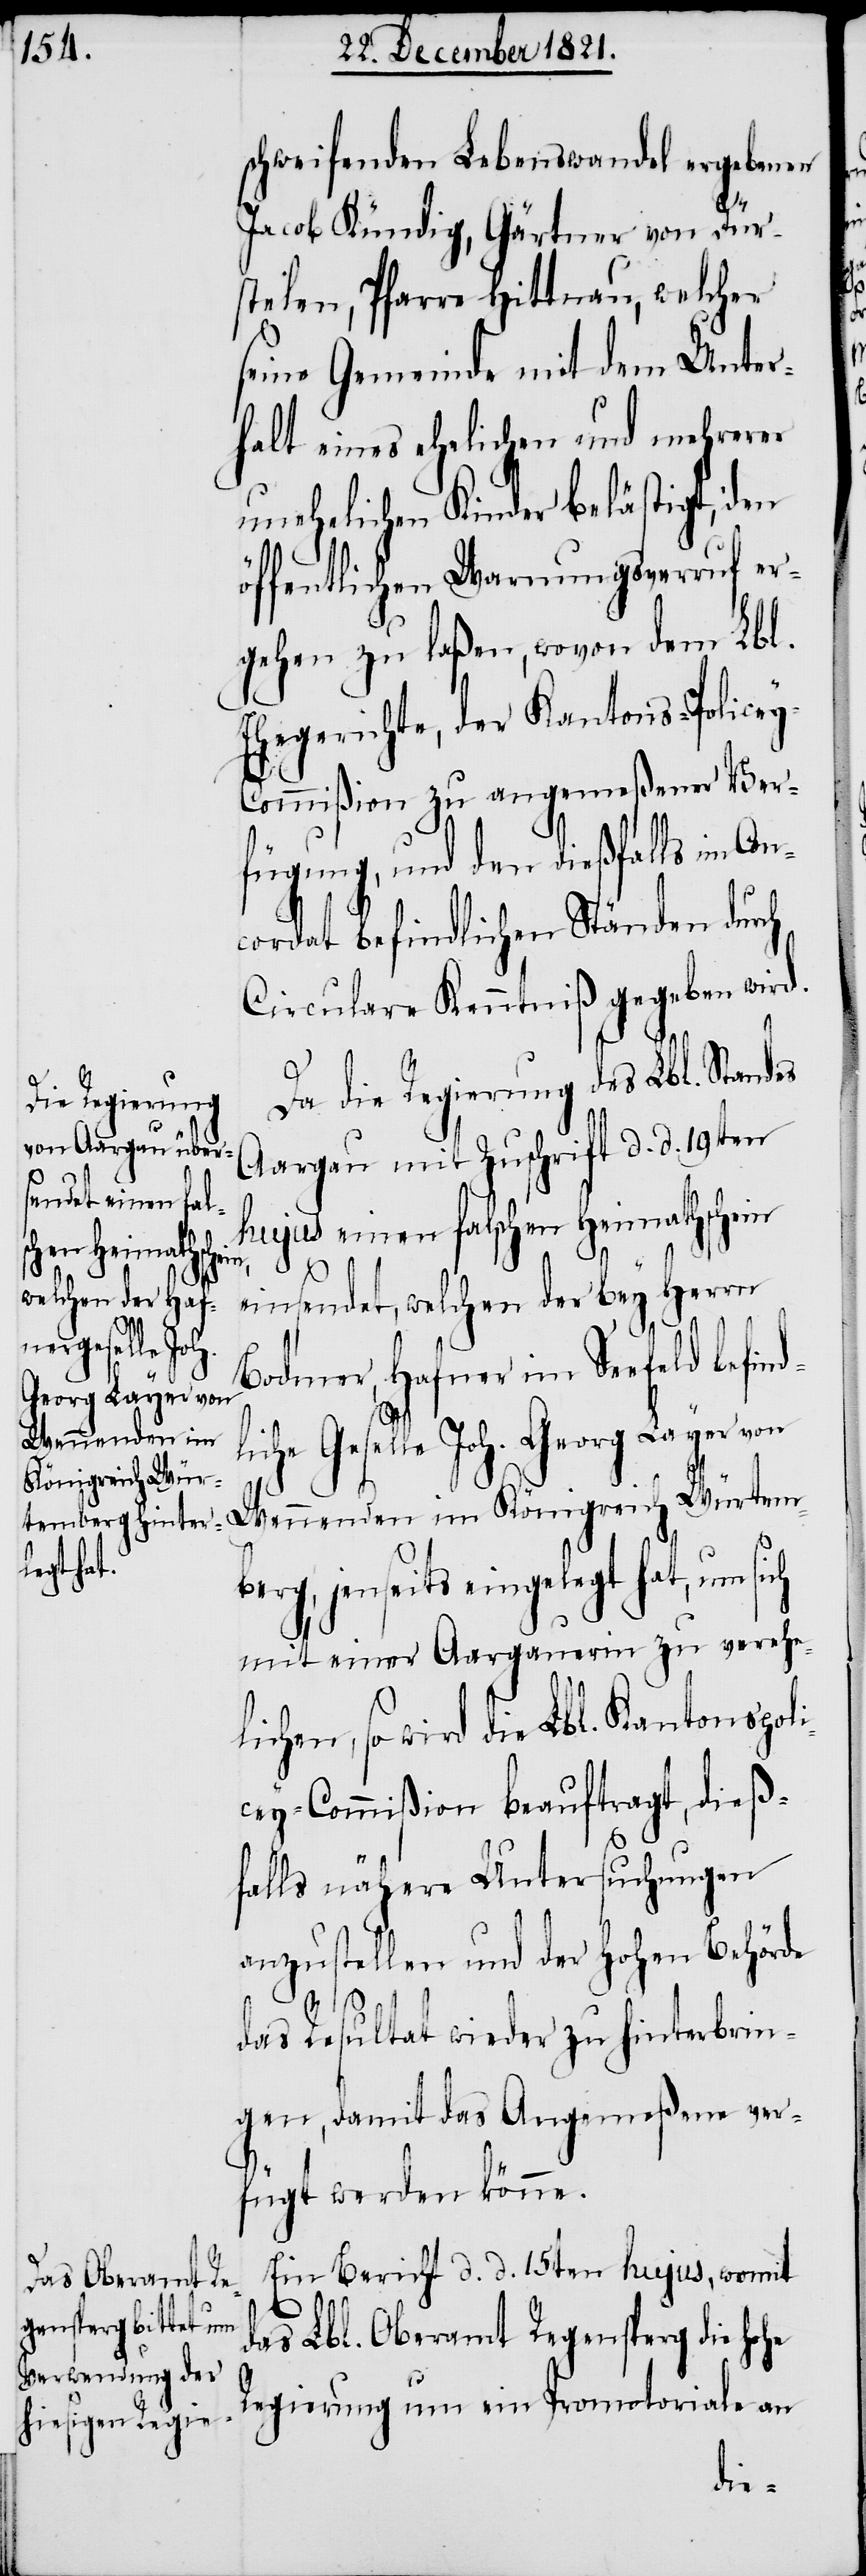
ch
che Geselle Joh.
Georg Layer von

schweifenden Lebenswandel ergebenen
li¬
Jacob Kündig, Gärtner von Dür¬
stelen, Pfarre Hittnau, welcher
seine Gemeinde mit dem Unter¬
halt eines ehelichen und mehrerer
unehelichen Kinder belästigt, den
öffentlichen Warnungsverruf er¬
gehen zu laßen, wovon dem Lbl.
Ehegerichte, der Kantons-Police¬
y-Commißion zu angemeßener Ver¬
fügung, und den dießfalls im Con¬
cordat befindlichen Ständen durch
Circulare Kenntniß gegeben wird.
Da die Regierung des Lbl. Standes
Aargau mit Zuschrift d. d. 19ten
hujus einen falschen Heimathschein
einsendet, welchen der bey Herrn
Bodmer, Hafner im Seefeld befind¬
Wennenden im Königreich Würtemb¬
erg, jenseits eingelegt hat, um si¬
mit einer Aargauerin zu vereheli¬
chen, so wird die Lbl. Kantons-Po¬
cey-Commißion beauftragt, dieß¬
falls nähere Untersuchungen
anzustellen und der Hohen Behörde
das Resultat wieder zu hinterbrin¬
gen, damit das Angemeßene ver¬
fügt werden könne.
Ein Bericht d. d. 15ten hujus, womit
das Lbl. Oberamt Regensperg die hohe
Regierung um ein Promotoriale an